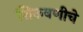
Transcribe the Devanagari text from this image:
शिकवणीचे